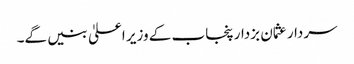
سردار عثمان بزدار پنجاب کے وزیر اعلیٰ بنیں گے۔